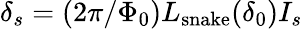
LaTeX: \delta_{s}=(2\pi/\Phi_{0})L_{\mathrm{snake}}(\delta_{0})I_{s}